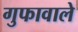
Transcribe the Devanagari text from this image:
गुफावाले